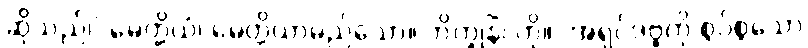
ဆိုသည်၊] မေတ္တိယံ၊ မေတ္တိယာမည်သော။ ဘိက္ခုနိံ၊ ကို။ [အရှင်ဒဗ္ဗကို စွပ်စွဲသော